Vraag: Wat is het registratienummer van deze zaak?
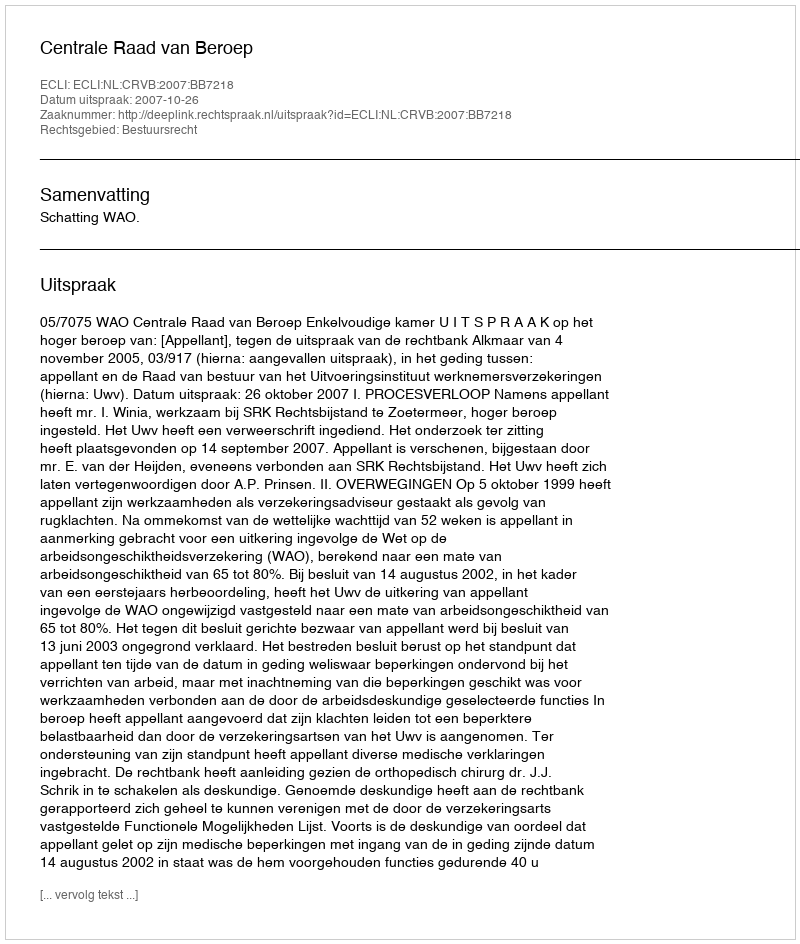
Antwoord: http://deeplink.rechtspraak.nl/uitspraak?id=ECLI:NL:CRVB:2007:BB7218